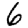
Digit: 6